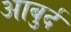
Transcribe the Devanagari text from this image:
आबुर्द